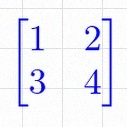
\begin{bmatrix}1&2\\3&4\end{bmatrix}